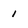
Character: 1